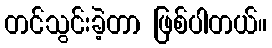
တင်သွင်းခဲ့တာ ဖြစ်ပါတယ်။